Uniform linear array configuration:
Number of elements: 32
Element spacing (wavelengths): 0.5
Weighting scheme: exponential
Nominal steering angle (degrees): -45
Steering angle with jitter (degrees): -46.62
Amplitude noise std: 0.05
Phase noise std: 0.05

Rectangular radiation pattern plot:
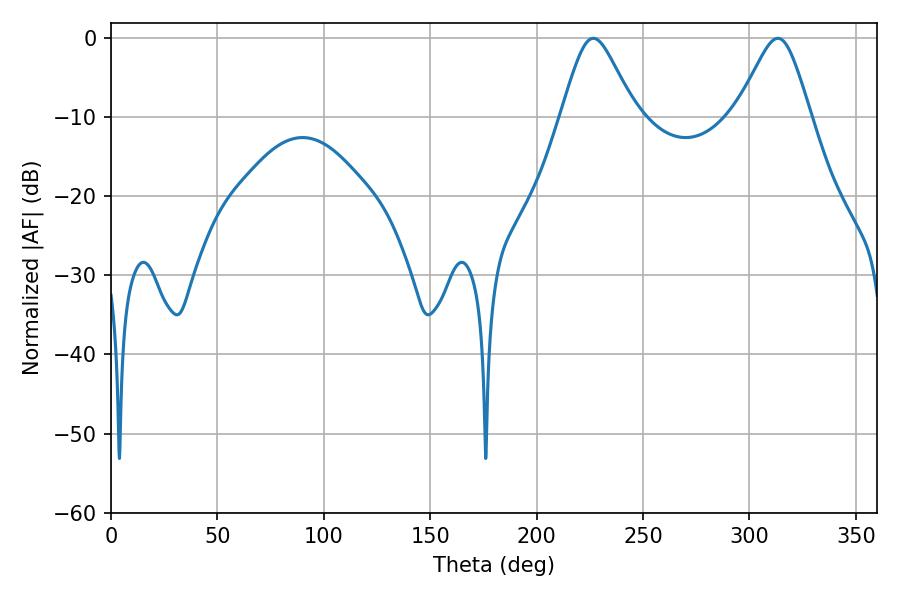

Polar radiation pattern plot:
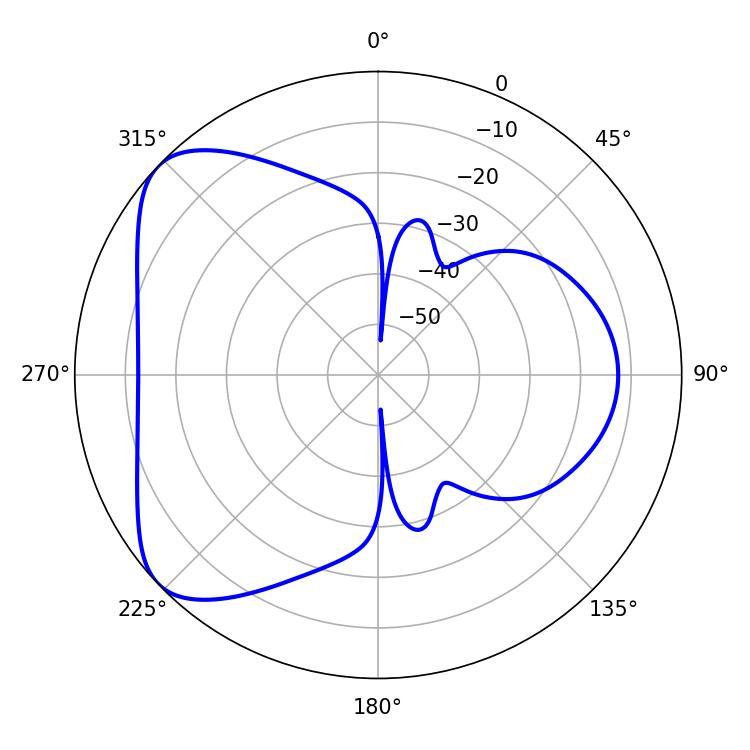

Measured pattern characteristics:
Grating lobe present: FALSE
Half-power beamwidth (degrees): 16.92
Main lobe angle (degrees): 226.62